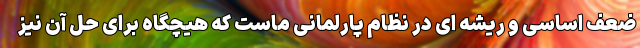
ضعف اساسی و ریشه ای در نظام پارلمانی ماست که هیچگاه برای حل آن نیز